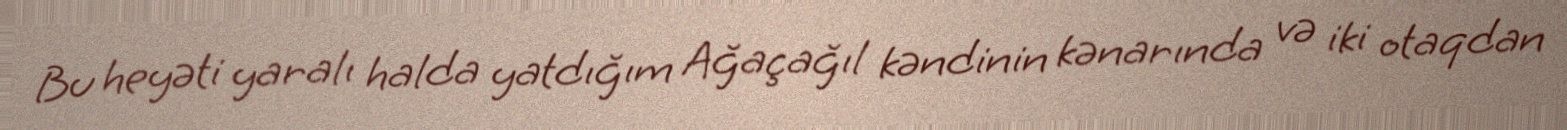
Bu heyəti yaralı halda yatdığım Ağaçağıl kəndinin kənarında və iki otaqdan